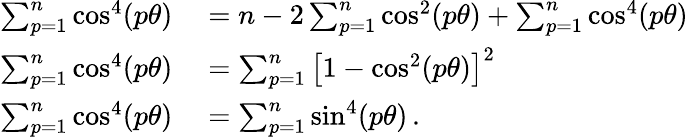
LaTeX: \begin{array}{rl}{\sum_{p=1}^{n}\cos^{4}(p\theta)}&{{}=n-2\sum_{p=1}^{n}\cos^{2}(p\theta)+\sum_{p=1}^{n}\cos^{4}(p\theta)\, }\\ {\sum_{p=1}^{n}\cos^{4}(p\theta)}&{{}=\sum_{p=1}^{n}\left[1-\cos^{2}(p\theta)\right]^{2}\, }\\ {\sum_{p=1}^{n}\cos^{4}(p\theta)}&{{}=\sum_{p=1}^{n}\sin^{4}(p\theta)\, .}\end{array}